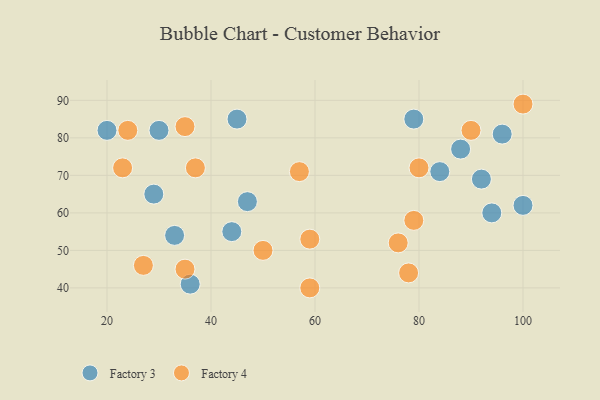
{"axis": {"x": "GDP", "y": "Life Expectancy"}, "legend": ["Factory 3", "Factory 4"], "data": [{"x": "84", "y": 71, "type": "Factory 3"}, {"x": "33", "y": 54, "type": "Factory 3"}, {"x": "94", "y": 60, "type": "Factory 3"}, {"x": "45", "y": 85, "type": "Factory 3"}, {"x": "20", "y": 82, "type": "Factory 3"}, {"x": "36", "y": 41, "type": "Factory 3"}, {"x": "30", "y": 82, "type": "Factory 3"}, {"x": "47", "y": 63, "type": "Factory 3"}, {"x": "44", "y": 55, "type": "Factory 3"}, {"x": "79", "y": 85, "type": "Factory 3"}, {"x": "96", "y": 81, "type": "Factory 3"}, {"x": "88", "y": 77, "type": "Factory 3"}, {"x": "29", "y": 65, "type": "Factory 3"}, {"x": "100", "y": 62, "type": "Factory 3"}, {"x": "92", "y": 69, "type": "Factory 3"}, {"x": "27", "y": 46, "type": "Factory 4"}, {"x": "76", "y": 52, "type": "Factory 4"}, {"x": "35", "y": 45, "type": "Factory 4"}, {"x": "78", "y": 44, "type": "Factory 4"}, {"x": "24", "y": 82, "type": "Factory 4"}, {"x": "100", "y": 89, "type": "Factory 4"}, {"x": "59", "y": 53, "type": "Factory 4"}, {"x": "79", "y": 58, "type": "Factory 4"}, {"x": "80", "y": 72, "type": "Factory 4"}, {"x": "35", "y": 83, "type": "Factory 4"}, {"x": "37", "y": 72, "type": "Factory 4"}, {"x": "90", "y": 82, "type": "Factory 4"}, {"x": "57", "y": 71, "type": "Factory 4"}, {"x": "23", "y": 72, "type": "Factory 4"}, {"x": "59", "y": 40, "type": "Factory 4"}, {"x": "50", "y": 50, "type": "Factory 4"}]}